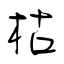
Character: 枯